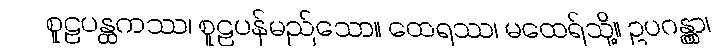
စူဠပန္ထကဿ၊ စူဠပန်မည်သော။ ထေရဿ၊ မထေရ်သို့။ ဥပဂန္တွာ၊